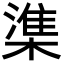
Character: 𬄕